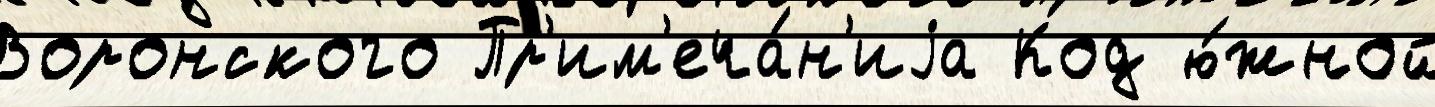
Воронского Пр'им'еча́н'иjа Код ю́жной